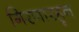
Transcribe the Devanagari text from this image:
गिरणारहून